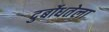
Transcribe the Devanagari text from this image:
दुर्बोधतेला